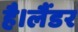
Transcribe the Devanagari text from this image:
है।लैंडर